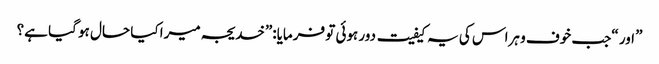
” اور “جب خوف و ہراس کی یہ کیفیت دور ہوئی تو فرمایا:”خدیجہ میرا کیا حال ہو گیا ہے؟